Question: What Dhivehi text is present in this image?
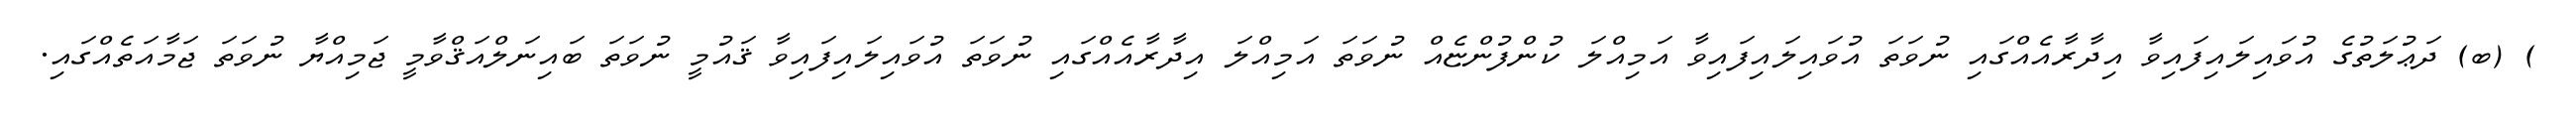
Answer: ) (ބ) ދަޢުލަތުގެ އުވައިލައިފައިވާ އިދާރާއެއްގައި ނުވަތަ އުވައިލައިފައިވާ އަމިއްލަ ކުންފުންޏެއް ނުވަތަ އަމިއްލަ އިދާރާއެއްގައި ނުވަތަ އުވައިލައިފައިވާ ޤައުމީ ނުވަތަ ބައިނަލްއަޤްވާމީ ޖަމިއްޔާ ނުވަތަ ޖަމާއަތެއްގައި.